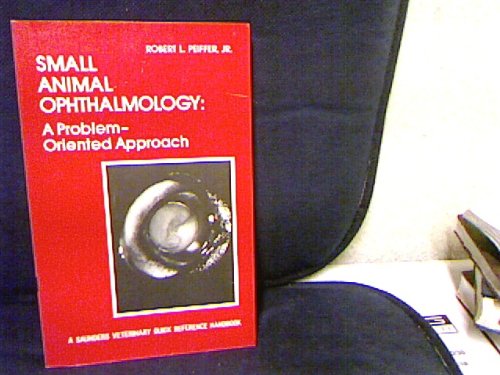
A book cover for Small Animal Ophthalmology: A Problem-Oriented Approach (A Saunders veterinary quick reference handbook); Robert L. Peiffer; Medical Books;